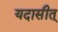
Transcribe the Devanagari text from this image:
यदासीत्